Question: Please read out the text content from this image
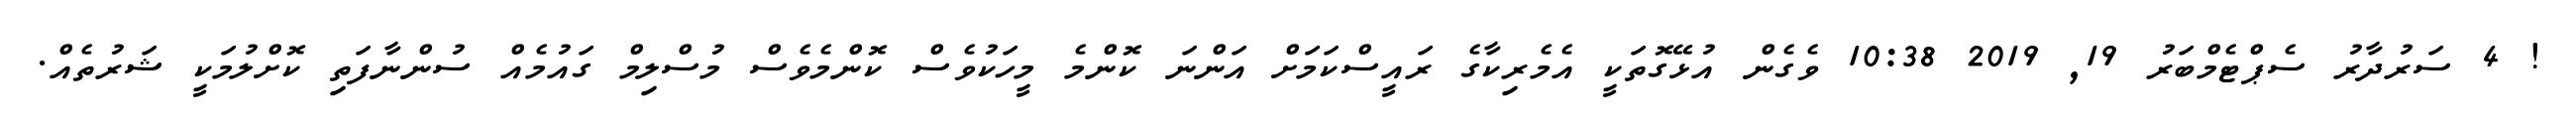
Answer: ! 4 ސަރުދާރު ސެޕްޓެމްބަރު 19, 2019 10:38 ވެގެން އުޅޭގޮތަކީ އެމެރިކާގެ ރައީސްކަމަށް އަންނަ ކޮންމެ މީހަކުވެސް ކޮންމެވެސް މުސްލިމް ގައުމެއް ސުންނާފަތި ކޮށްލުމަކީ ޝަރުތެއް.